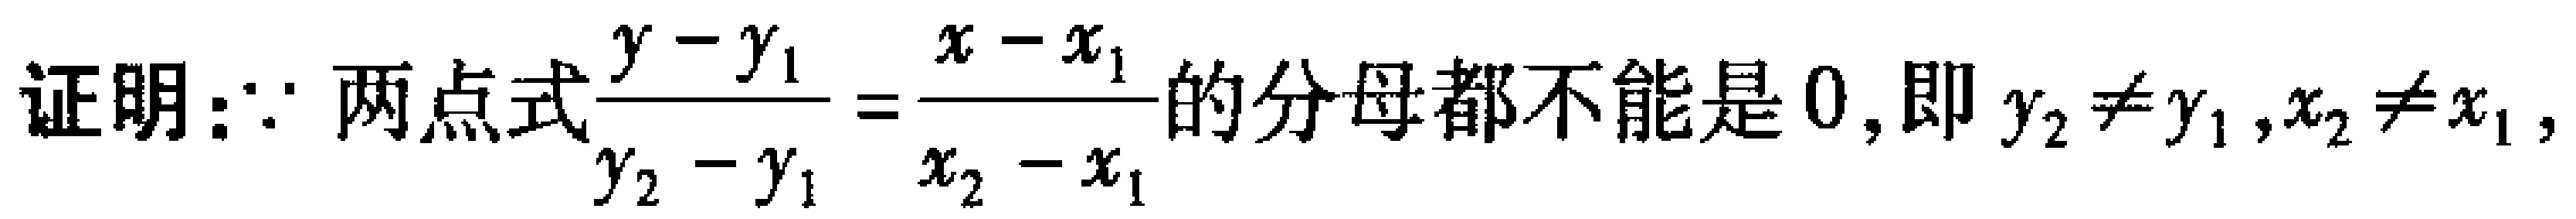
证明：\(\because\) 两点式\(\frac{y - y_{1}}{y_{2} - y_{1}} = \frac{x - x_{1}}{x_{2} - x_{1}}\)的分母都不能是 \(0\)，即 \(y_{2} \neq y_{1},x_{2} \neq x_{1}\)，